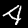
Label: 4